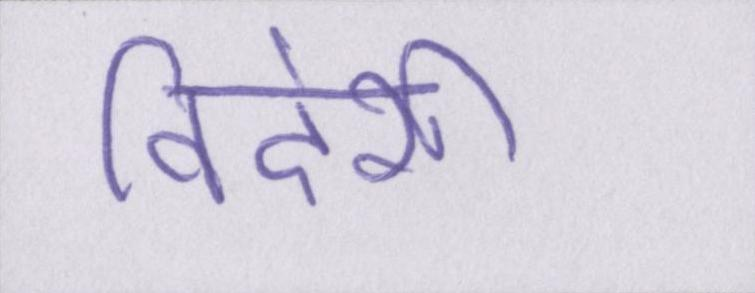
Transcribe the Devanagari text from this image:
विदेशी